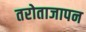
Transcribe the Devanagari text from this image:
तरोताजापन